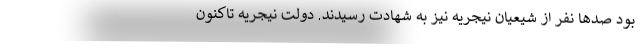
بود صدها نفر از شیعیان نیجریه نیز به شهادت رسیدند. دولت نیجریه تاکنون